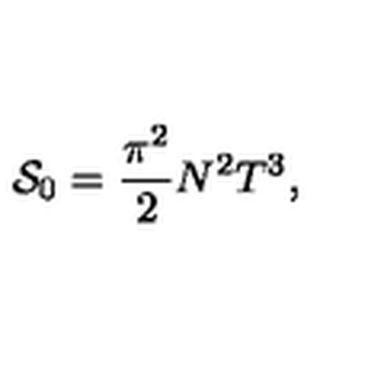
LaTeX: { \cal S } _ { 0 } = \frac { \pi ^ { 2 } } { 2 } N ^ { 2 } T ^ { 3 } ,